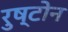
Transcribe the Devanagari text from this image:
रुष्टोन